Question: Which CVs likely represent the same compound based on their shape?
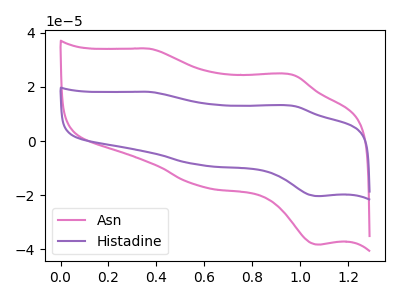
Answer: <think>The pink curve "Asn" has anodic peaks at (0.35V, 34.10uA) (0.95V, 24.45uA) and cathodic peaks at (0.60V, -16.85uA) (1.10V, -38.25uA). The purple curve "Histadine" has anodic peaks at (0.35V, 18.15uA) (0.95V, 13.00uA) and cathodic peaks at (0.60V, -8.95uA) (1.10V, -20.35uA).
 All the peaks in "Asn" have a peak in "Histadine" at the same potential. Every peak in "Asn" is higher than every peak in "Histadine".</think>
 <answer>"Asn" and "Histadine" have the same shape and are likely CV's of the same chemical.</answer>
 <eval>"Asn" "Histadine"</eval>